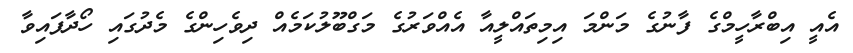
އެއީ އިބްރާހީމްގެ ފާނުގެ މަންމަ އިމިތައްލީއާ އެއްވަރުގެ މަގްބޫލުކަމެއް ދިވެހިންގެ މެދުގައި ހޯދާފައިވާ